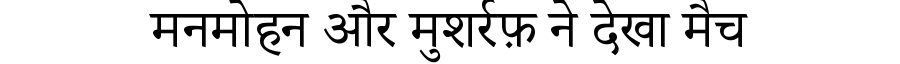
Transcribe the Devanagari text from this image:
मनमोहन और मुशर्रफ़ ने देखा मैच